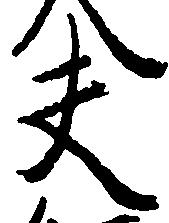
夫